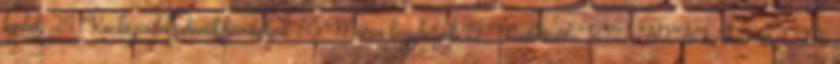
ligetek 24 Kuckó,padok,pihenők,búvóhelyek 70 Mária-kegyhelyek 19 Meditációk-RELAXÁLÁS 184 Mi